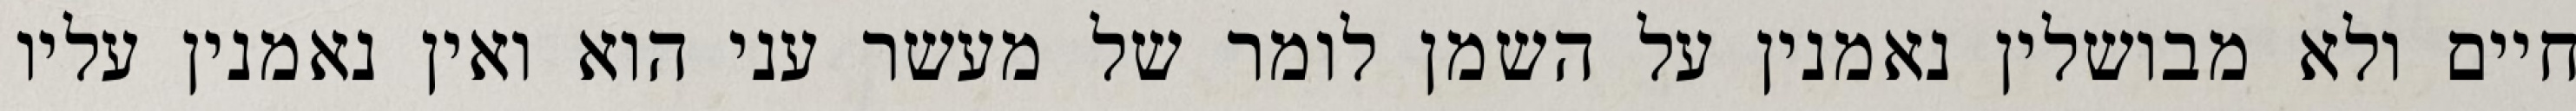
חיים ולא מבושלין נאמנין על השמן לומר של מעשר עני הוא ואין נאמנין עליו